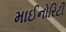
માઈનોરિટી